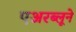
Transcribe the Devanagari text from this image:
एअरब्लूने